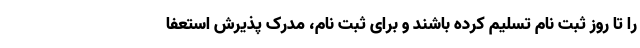
را تا روز ثبت نام تسلیم کرده باشند و برای ثبت نام، مدرک پذیرش استعفا